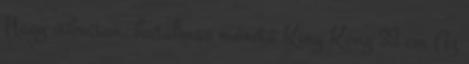
Nagy vibrátor, hatalmas méretű King Kong 33 cm Az